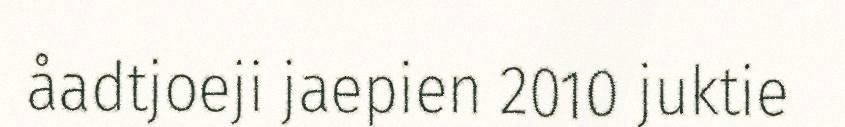
åadtjoeji jaepien 2010 juktie